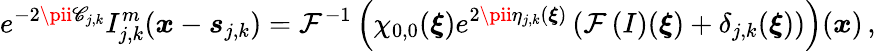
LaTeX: e^{-2\pii\mathscr{C}_{j,k}}I_{j,k}^{m}(\boldsymbol{x}-\boldsymbol{s}_{j,k})=\mathcal{{F}}^{-1}\left(\chi_{0,0}(\boldsymbol{\xi})e^{2\pii\eta_{j,k}(\boldsymbol{\xi})}\left(\mathcal{{F}}\left(I\right)(\boldsymbol{\xi})+\delta_{j,k}(\boldsymbol{\xi})\right)\right)(\boldsymbol{x})\, ,